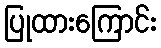
ပြုထားကြောင်း